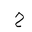
Letter: _ha